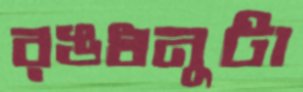
রঙধনুটা